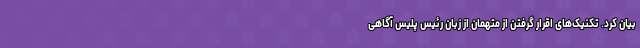
بیان کرد. تکنیک‌های اقرار گرفتن از متهمان از زبان رئیس پلیس آگاهی